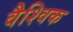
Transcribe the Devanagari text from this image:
वैश्‍िवक